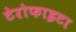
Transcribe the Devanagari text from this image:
टेरोफाइटा